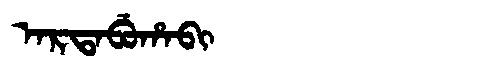
Manchu: ᠠᡵᡨᠠᠪᡠᡥᠠᠪᡳ
Romanization: ARTABUHABI